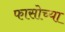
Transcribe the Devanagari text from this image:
फासोच्या